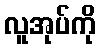
လူအုပ်ကို